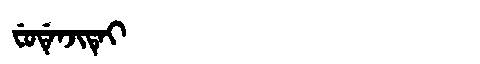
Manchu: ᠸᡠᡩᡝᠨᠵᡳᡨᡝᡳ
Romanization: FUDENJITEI